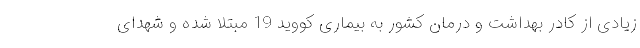
زیادی از کادر بهداشت و درمان کشور به بیماری کووید 19 مبتلا شده و شهدای